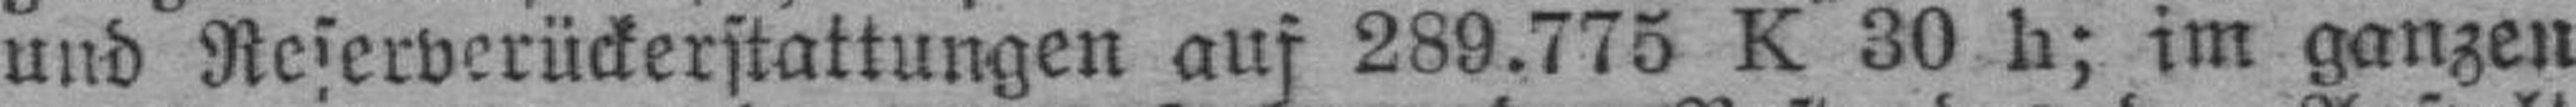
und Reserverückerstattungen auf 289.775 K 30 h; im ganzen